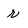
Character: r